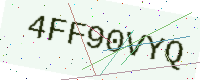
Text: 4FF90VYQ